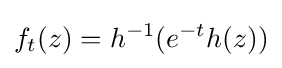
f_{t}(z)=h^{-1}(e^{-t}h(z))